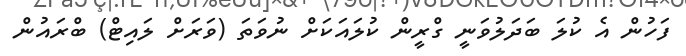
ފަހުން އެ ކުލަ ބަދަލުވަނީ ގްރީން ކުލައަކަށް ނުވަތަ (ވަރަށް ލައިޓް) ބްރައުން